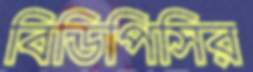
বিডিপিসির